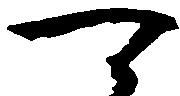
可